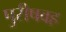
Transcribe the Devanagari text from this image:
पुरीषवह